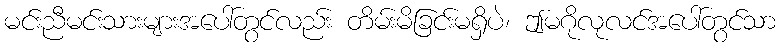
မင်းညီမင်းသားများအပေါ်တွင်လည်း တိမ်းမိခြငး်မရှိပဲ၊ ဤမဂိုလုလင်အပေါ်တွင်သာ